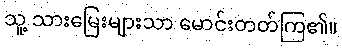
သူ့ သားမြေးများသာ မောင်းတတ်ကြ၏။